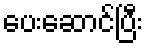
ပေးဆောင်ပြီး